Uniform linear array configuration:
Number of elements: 32
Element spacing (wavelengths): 0.5
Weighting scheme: hamming
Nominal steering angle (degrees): -45
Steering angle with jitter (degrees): -43.268
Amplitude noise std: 0.05
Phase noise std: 0.05

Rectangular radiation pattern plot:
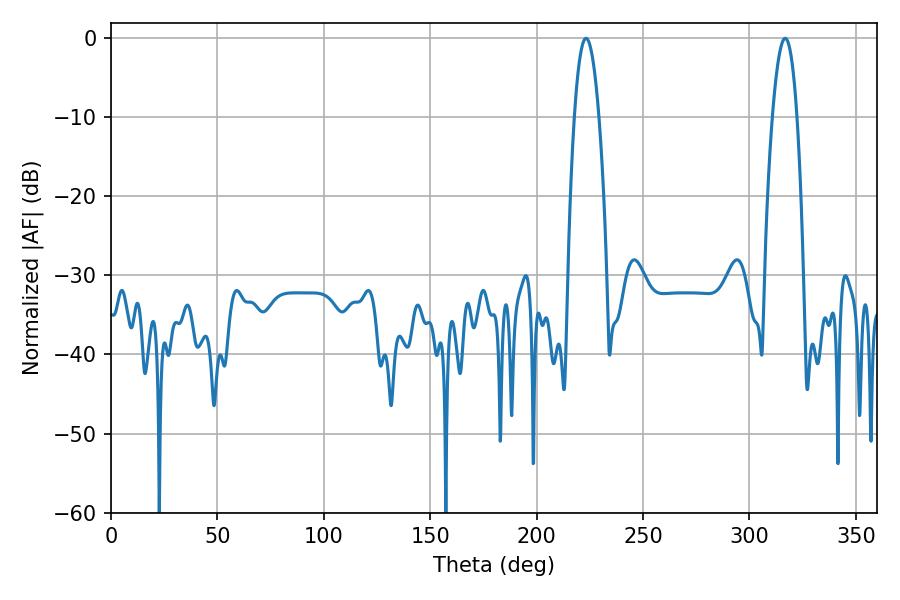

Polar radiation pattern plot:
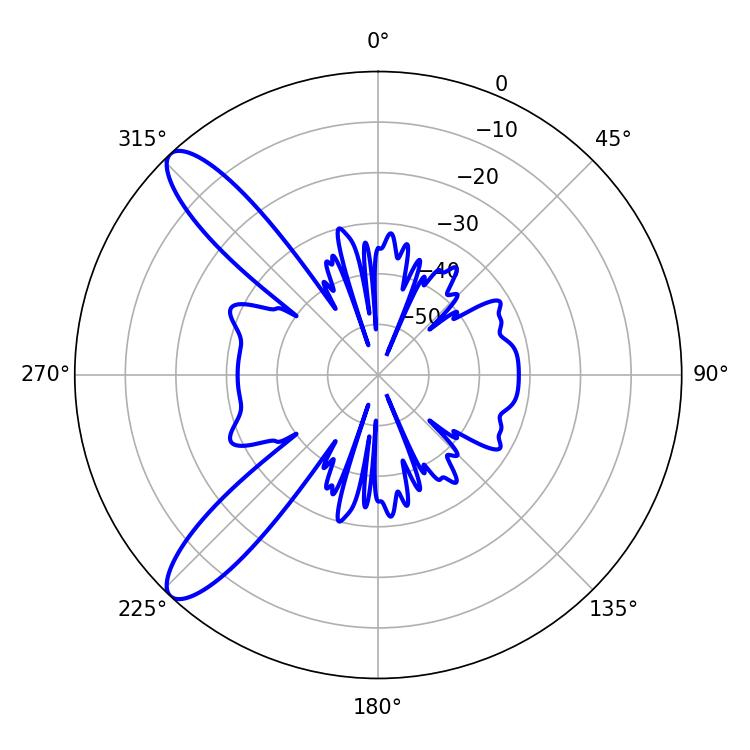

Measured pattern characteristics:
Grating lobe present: FALSE
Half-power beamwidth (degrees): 6.3
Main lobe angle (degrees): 223.2